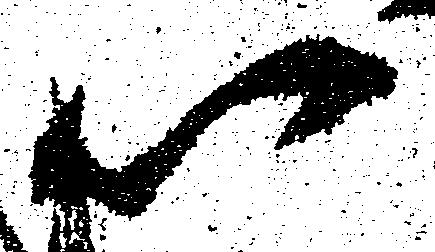
以